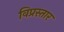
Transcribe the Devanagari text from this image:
विप्रस्तार